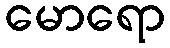
မောရော